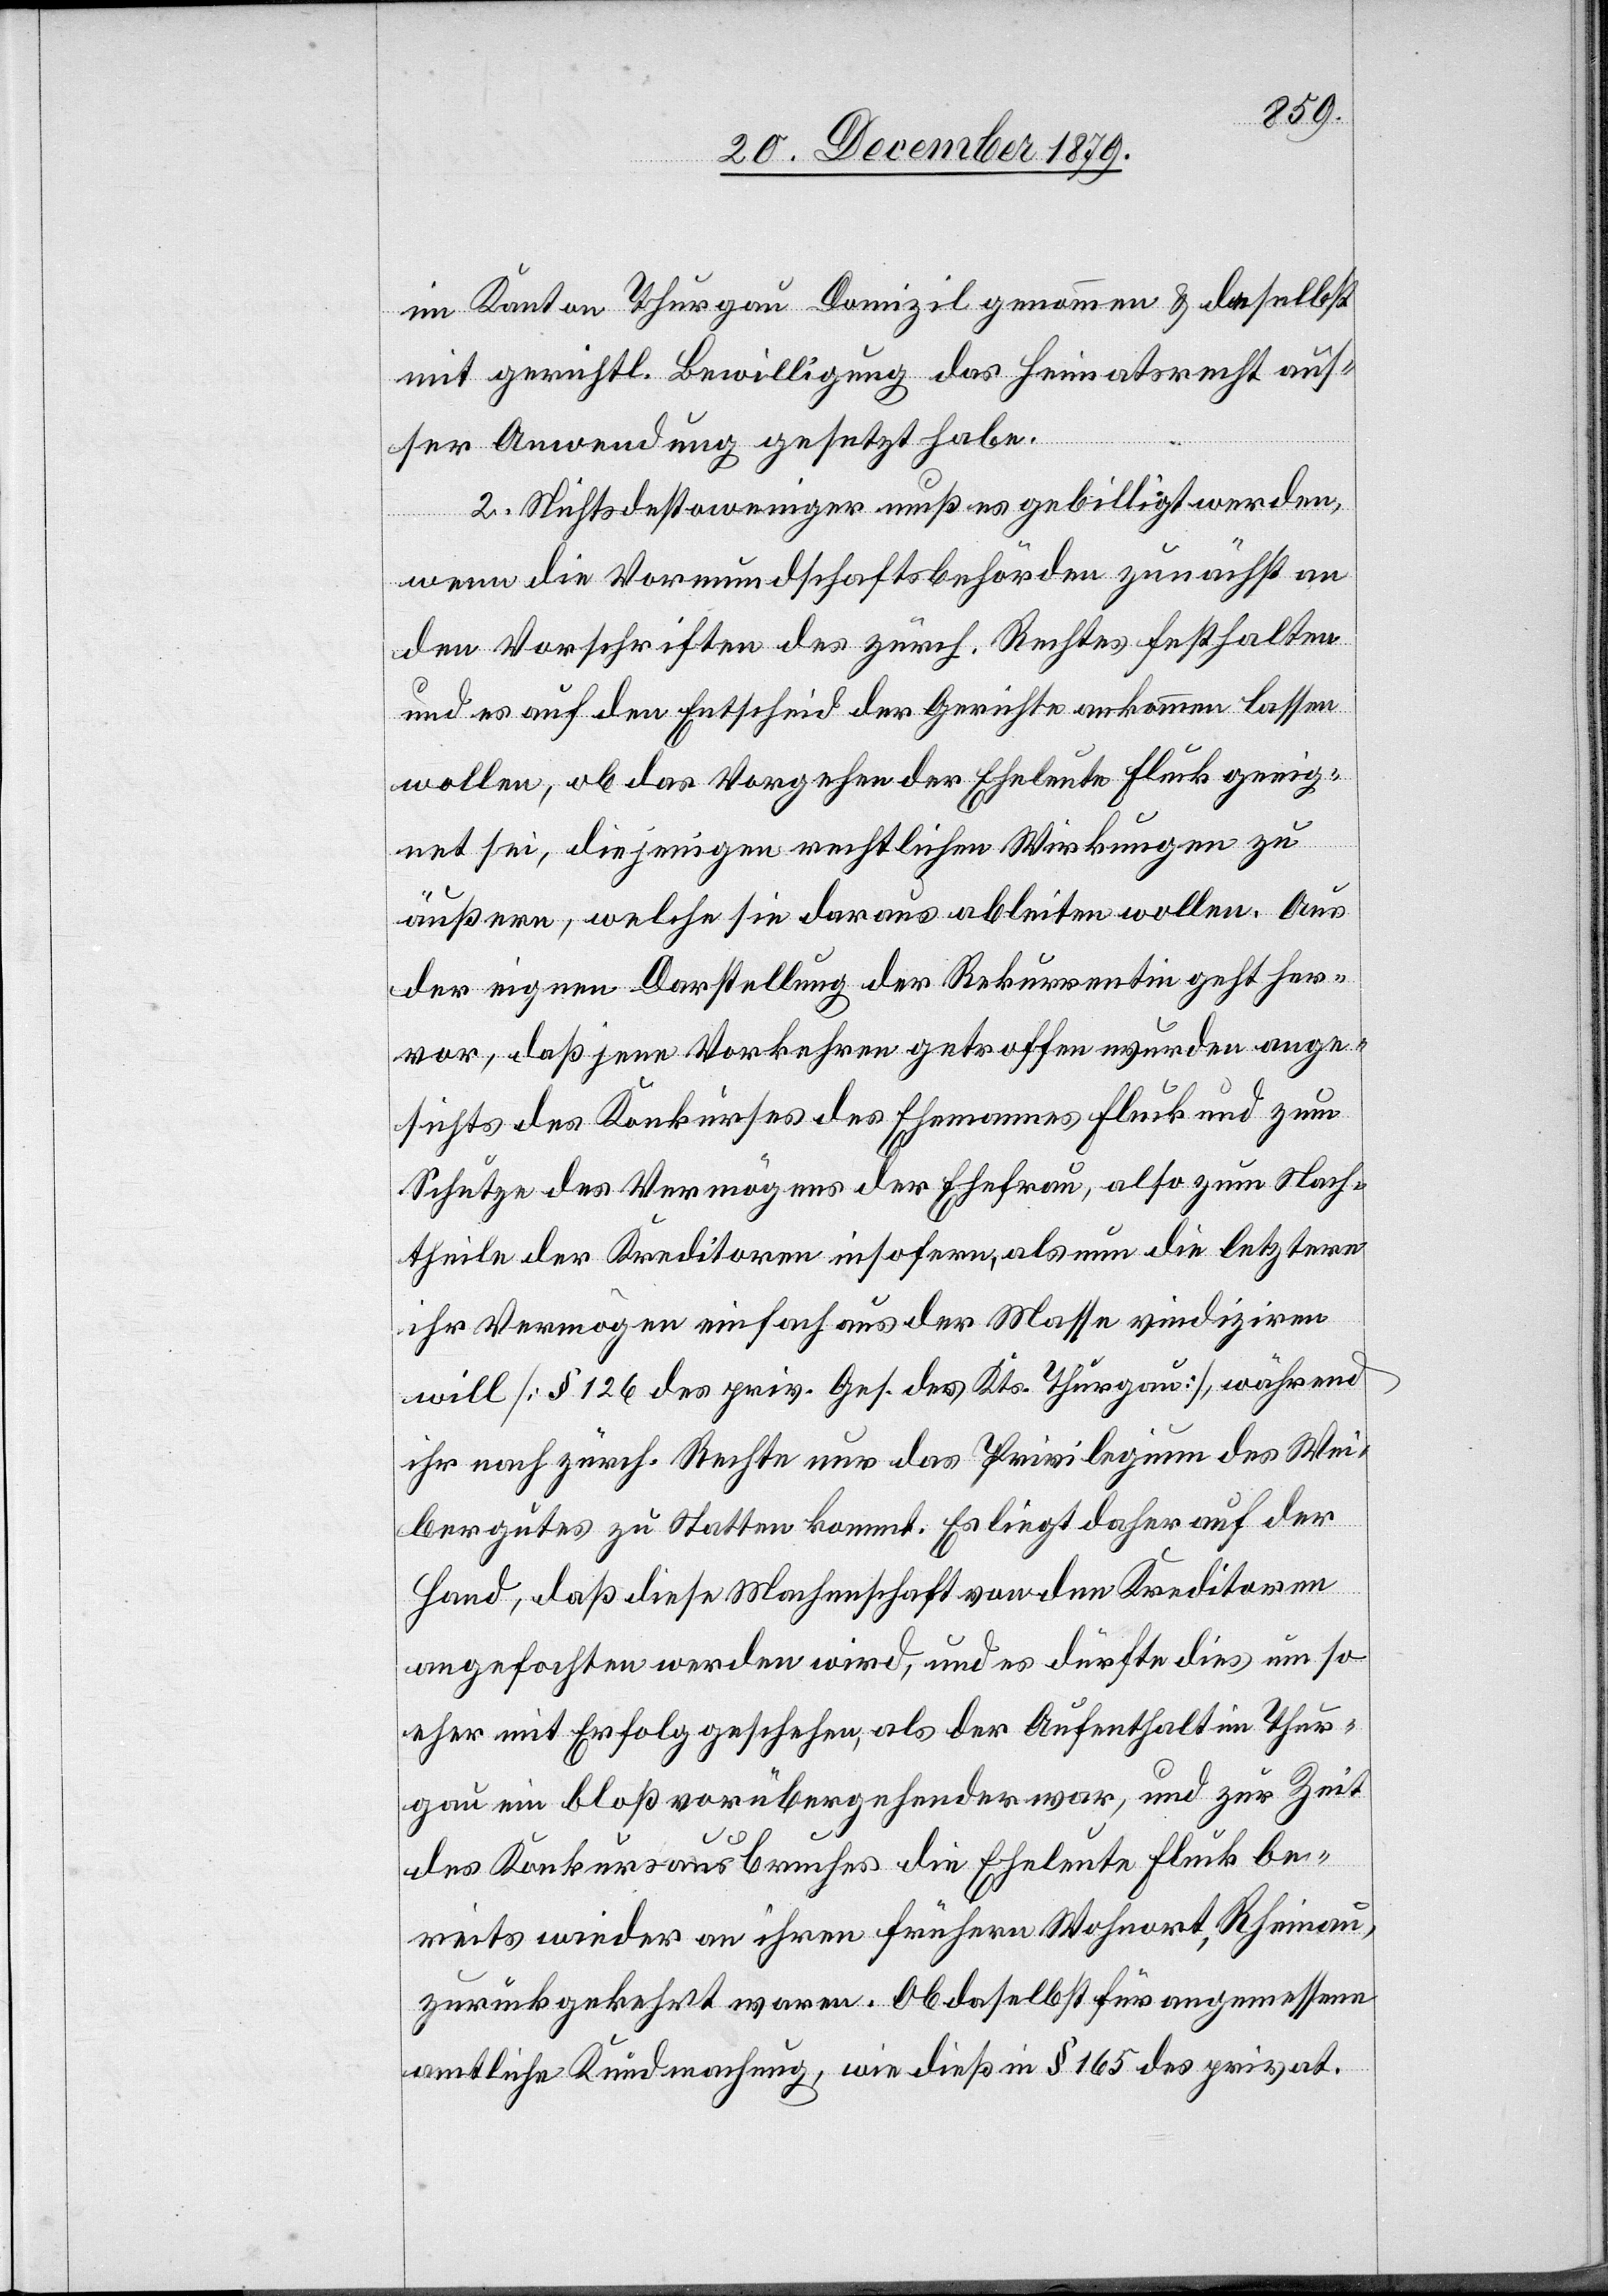
im Kanton Thurgau Domizil genommen & daselbst
mit gerichtl. Bewilligung das Heimatrecht aus¬
ser Anwendung gesetzt habe.
2. Nichtsdestoweniger muß es gebilligt werden,
wenn die Vormundschaftsbehörden zunächst an
den Vorschriften des zürch. Rechtes festhalten
und es auf den Entscheid der Gerichte ankommen lassen
wollen, ob das Vorgehen der Eheleute Fluck geeig¬
net sei, diejenigen rechtlichen Wirkungen zu
äußern, welche sie daraus ableiten wollen. Aus
der eigenen Darstellung der Rekurrentin geht her¬
vor, daß jene Vorkehren getroffen wurden ange¬
sichts des Konkurses des Ehemannes Fluck und zum
Schutze des Vermögens der Ehefrau, also zum Nach¬
theile der Kreditoren insofern, als nun die letztere
ihr Vermögen einfach aus der Masse vindiziren
will [§ 126 des priv. Ges. des Kts. Thurgau], während
ihr nach zürch. Rechte nur das Privilegium des Wei¬
bergutes zu Statten kommt. Es liegt daher auf der
Hand, daß diese Machenschaft von den Kreditoren
angefochten werden wird, und es dürfte dies um so
eher mit Erfolg geschehen, als der Aufenthalt im Thur¬
gau ein bloß vorübergehender war, und zur Zei¬
t
des Konkursausbruches die Eheleute Fluck be¬
reits wieder an ihren frühern Wohnort, Rheinau,
zurückgekehrt waren. Ob daselbst für angemessene
amtliche Kundmachung, wie dieß in § 165 des privat.